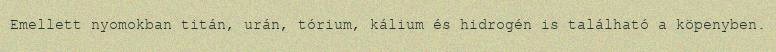
Emellett nyomokban titán, urán, tórium, kálium és hidrogén is található a köpenyben.